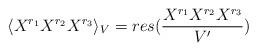
LaTeX: \begin{align*}\langle X^{r_1} X^{r_2} X^{r_3} \rangle_V= res({X^{r_1} X^{r_2} X^{r_3}\over V'})\end{align*}